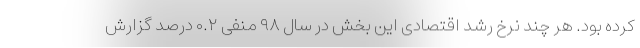
کرده بود. هر چند نرخ رشد اقتصادی این بخش در سال ۹۸ منفی ۰.۲ درصد گزارش